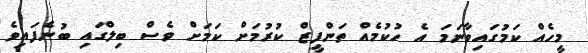
މީހެއް ކަމުގައިވާނަމަ އެ ހުކުމެއް ތަންފީޒް ކުރުމަށް ކަމަށް ވެސް ބިލްގައި ބުނެފައިވެ